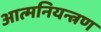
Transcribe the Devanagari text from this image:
आत्मनियन्त्रण